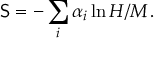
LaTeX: { \mathsf S } = - \sum _ { i } \alpha _ { i } \ln H / M \, .